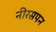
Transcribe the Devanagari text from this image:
नीरसपन